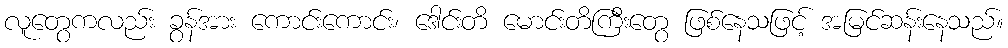
လူတွေကလည်း ခွန်အား ကောင်းကောင်း၊ ဒေါင်းတိ မောင်းတိကြီးတွေ ဖြစ်နေသဖြင့် အမြင်ဆန်းနေသည်။